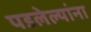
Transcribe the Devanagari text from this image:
पडलेल्यांना